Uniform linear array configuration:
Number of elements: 32
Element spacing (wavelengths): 1
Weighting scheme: cosine
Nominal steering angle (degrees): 15
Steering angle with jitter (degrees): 13.504
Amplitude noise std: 0.05
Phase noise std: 0.05

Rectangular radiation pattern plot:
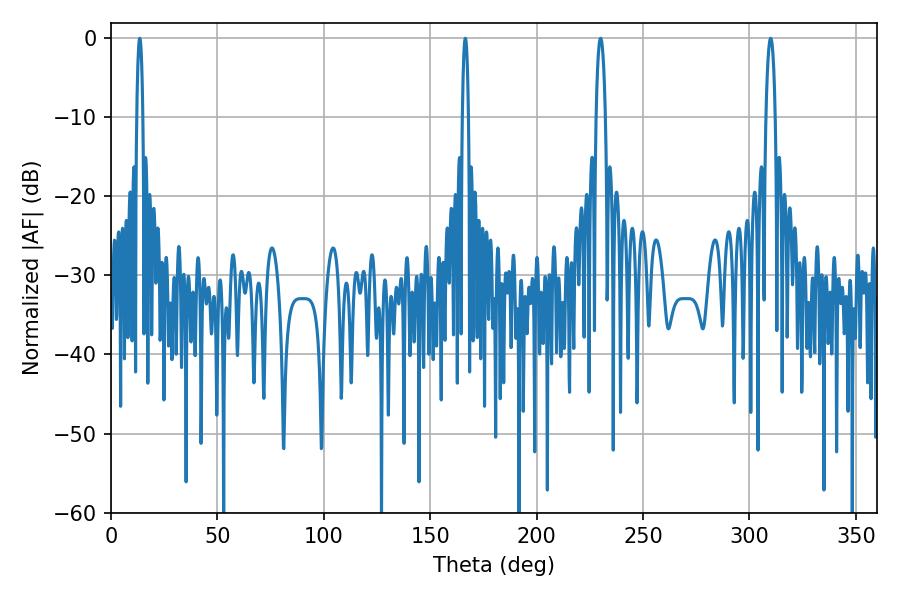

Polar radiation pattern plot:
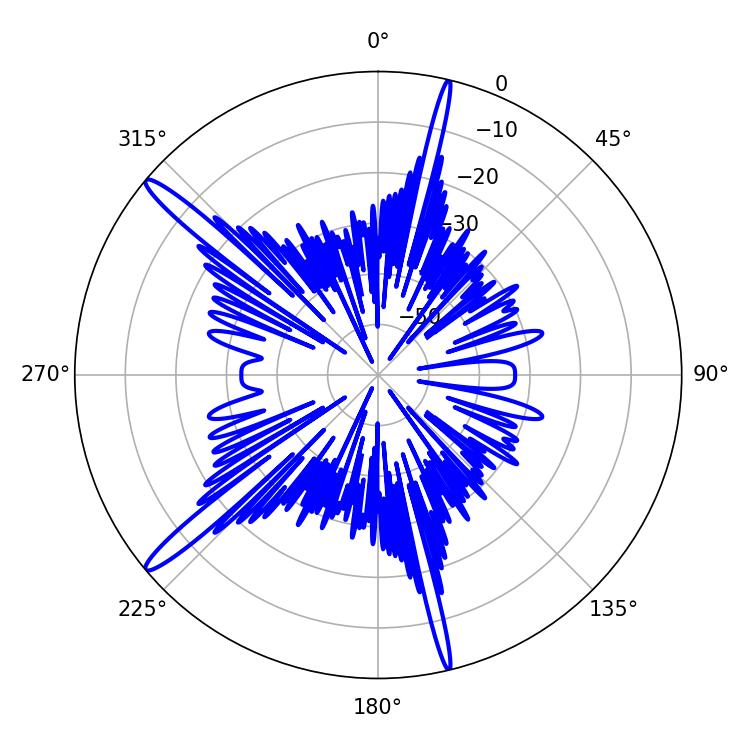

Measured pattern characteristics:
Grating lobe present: TRUE
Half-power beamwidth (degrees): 2.52
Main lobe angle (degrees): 230.04